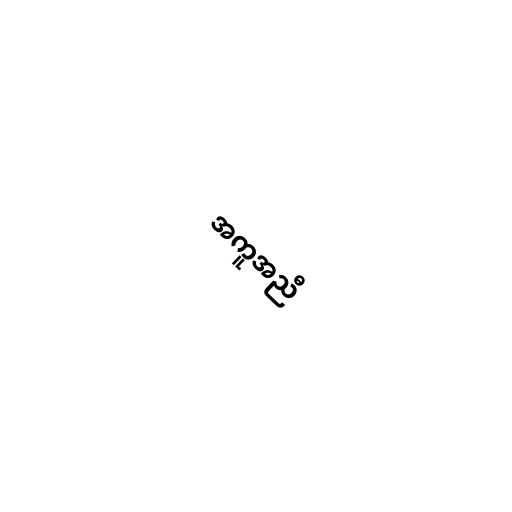
အကူအညီ